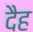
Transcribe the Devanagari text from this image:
दैह